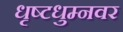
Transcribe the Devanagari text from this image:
धृष्टधुम्नवर